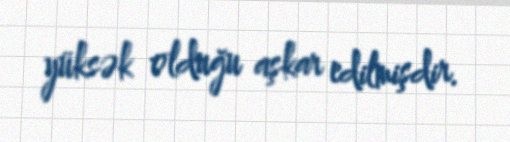
yüksək olduğu aşkar edilmişdir.